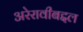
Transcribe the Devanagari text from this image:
अरेरावीबद्दल